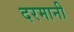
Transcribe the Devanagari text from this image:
दरमानी